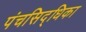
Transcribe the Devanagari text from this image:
पंचसिद्धिका